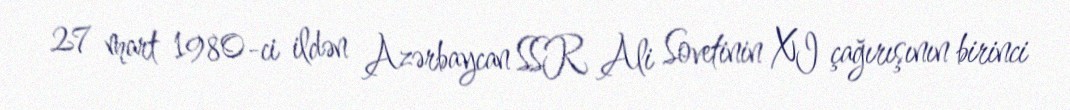
27 mart 1980-ci ildən Azərbaycan SSR Ali Sovetinin XI çağırışının birinci